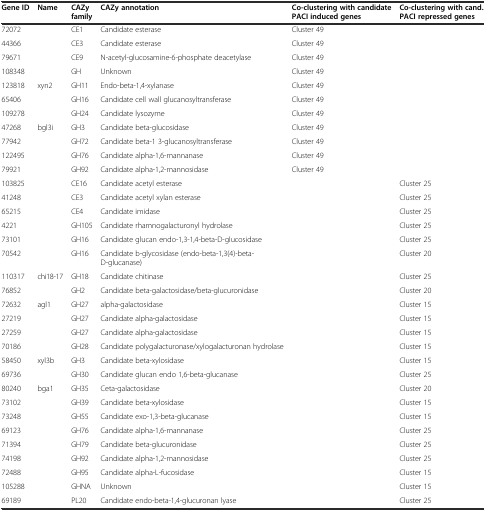
<table><thead><tr><td><b>Gene ID</b></td><td><b>Name</b></td><td><b>CAZy family</b></td><td><b>CAZy annotation</b></td><td><b>Co-clustering with candidate PACI induced genes</b></td><td><b>Co-clustering with cand. PACI repressed genes</b></td></tr></thead><tbody><tr><td>72072</td><td></td><td>CE1</td><td>Candidate esterase</td><td>Cluster 49</td><td></td></tr><tr><td>44366</td><td></td><td>CE3</td><td>Candidate esterase</td><td>Cluster 49</td><td></td></tr><tr><td>79671</td><td></td><td>CE9</td><td>N-acetyl-glucosamine-6-phosphate deacetylase</td><td>Cluster 49</td><td></td></tr><tr><td>108348</td><td></td><td>GH</td><td>Unknown</td><td>Cluster 49</td><td></td></tr><tr><td>123818</td><td>xyn2</td><td>GH11</td><td>Endo-beta-1,4-xylanase</td><td>Cluster 49</td><td></td></tr><tr><td>65406</td><td></td><td>GH16</td><td>Candidate cell wall glucanosyltransferase</td><td>Cluster 49</td><td></td></tr><tr><td>109278</td><td></td><td>GH24</td><td>Candidate lysozyme</td><td>Cluster 49</td><td></td></tr><tr><td>47268</td><td>bgl3i</td><td>GH3</td><td>Candidate beta-glucosidase</td><td>Cluster 49</td><td></td></tr><tr><td>77942</td><td></td><td>GH72</td><td>Candidate beta-1 3-glucanosyltransferase</td><td>Cluster 49</td><td></td></tr><tr><td>122495</td><td></td><td>GH76</td><td>Candidate alpha-1,6-mannanase</td><td>Cluster 49</td><td></td></tr><tr><td>79921</td><td></td><td>GH92</td><td>Candidate alpha-1,2-mannosidase</td><td>Cluster 49</td><td></td></tr><tr><td>103825</td><td></td><td>CE16</td><td>Candidate acetyl esterase</td><td></td><td>Cluster 25</td></tr><tr><td>41248</td><td></td><td>CE3</td><td>Candidate acetyl xylan esterase</td><td></td><td>Cluster 25</td></tr><tr><td>65215</td><td></td><td>CE4</td><td>Candidate imidase</td><td></td><td>Cluster 25</td></tr><tr><td>4221</td><td></td><td>GH105</td><td>Candidate rhamnogalacturonyl hydrolase</td><td></td><td>Cluster 25</td></tr><tr><td>73101</td><td></td><td>GH16</td><td>Candidate glucan endo-1,3-1,4-beta-D-glucosidase</td><td></td><td>Cluster 25</td></tr><tr><td>70542</td><td></td><td>GH16</td><td>Candidate b-glycosidase (endo-beta-1,3(4)-beta-D-glucanase)</td><td></td><td>Cluster 20</td></tr><tr><td>110317</td><td>chi18-17</td><td>GH18</td><td>Candidate chitinase</td><td></td><td>Cluster 25</td></tr><tr><td>76852</td><td></td><td>GH2</td><td>Candidate beta-galactosidase/beta-glucuronidase</td><td></td><td>Cluster 20</td></tr><tr><td>72632</td><td>agl1</td><td>GH27</td><td>alpha-galactosidase</td><td></td><td>Cluster 15</td></tr><tr><td>27219</td><td></td><td>GH27</td><td>Candidate alpha-galactosidase</td><td></td><td>Cluster 15</td></tr><tr><td>27259</td><td></td><td>GH27</td><td>Candidate alpha-galactosidase</td><td></td><td>Cluster 15</td></tr><tr><td>70186</td><td></td><td>GH28</td><td>Candidate polygalacturonase/xylogalacturonan hydrolase</td><td></td><td>Cluster 15</td></tr><tr><td>58450</td><td>xyl3b</td><td>GH3</td><td>Candidate beta-xylosidase</td><td></td><td>Cluster 15</td></tr><tr><td>69736</td><td></td><td>GH30</td><td>Candidate glucan endo 1,6-beta-glucanase</td><td></td><td>Cluster 25</td></tr><tr><td>80240</td><td>bga1</td><td>GH35</td><td>Ceta-galactosidase</td><td></td><td>Cluster 20</td></tr><tr><td>73102</td><td></td><td>GH39</td><td>Candidate beta-xylosidase</td><td></td><td>Cluster 15</td></tr><tr><td>73248</td><td></td><td>GH55</td><td>Candidate exo-1,3-beta-glucanase</td><td></td><td>Cluster 15</td></tr><tr><td>69123</td><td></td><td>GH76</td><td>Candidate alpha-1,6-mannanase</td><td></td><td>Cluster 25</td></tr><tr><td>71394</td><td></td><td>GH79</td><td>Candidate beta-glucuronidase</td><td></td><td>Cluster 25</td></tr><tr><td>74198</td><td></td><td>GH92</td><td>Candidate alpha-1,2-mannosidase</td><td></td><td>Cluster 25</td></tr><tr><td>72488</td><td></td><td>GH95</td><td>Candidate alpha-L-fucosidase</td><td></td><td>Cluster 15</td></tr><tr><td>105288</td><td></td><td>GHNA</td><td>Unknown</td><td></td><td>Cluster 15</td></tr><tr><td>69189</td><td></td><td>PL20</td><td>Candidate endo-beta-1,4-glucuronan lyase</td><td></td><td>Cluster 25</td></tr></tbody></table>